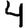
Digit: 4